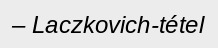
– Laczkovich-tétel